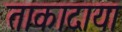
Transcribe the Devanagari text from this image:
ताकादाया